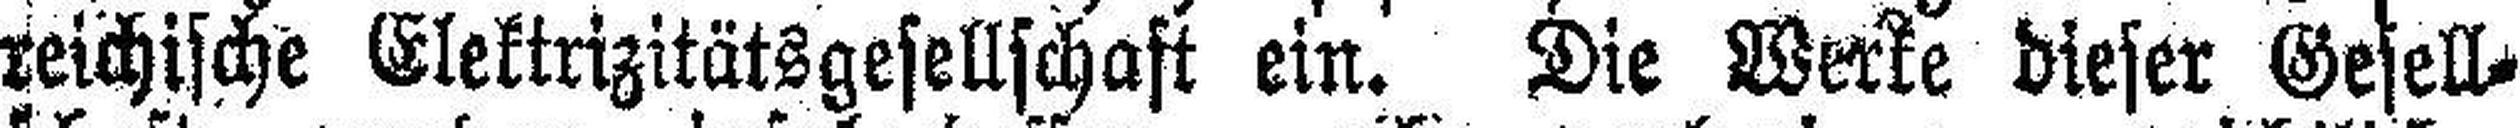
reichische Elektrizitätsgesellschaft ein. Die Werke dieser Gesell¬